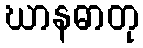
ဃာနဓာတု